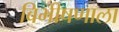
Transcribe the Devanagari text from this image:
बिभीषणाला